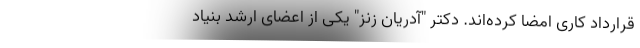
قرارداد کاری امضا کرده‌اند. دکتر "آدریان زنز" یکی از اعضای ارشد بنیاد